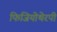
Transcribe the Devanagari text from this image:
फिजियोथेरपी